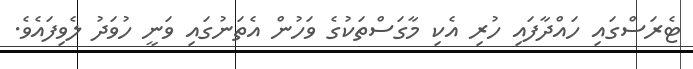
ޓެރަސްގައި ހައްދާފައި ހުރި އެކި މާގަސްތަކުގެ ވަހުން އެތަނުގައި ވަނީ ހުވަދު ލެވިފައެވެ.